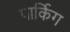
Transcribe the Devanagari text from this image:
पार्किग